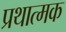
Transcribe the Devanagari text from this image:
प्रथात्मक